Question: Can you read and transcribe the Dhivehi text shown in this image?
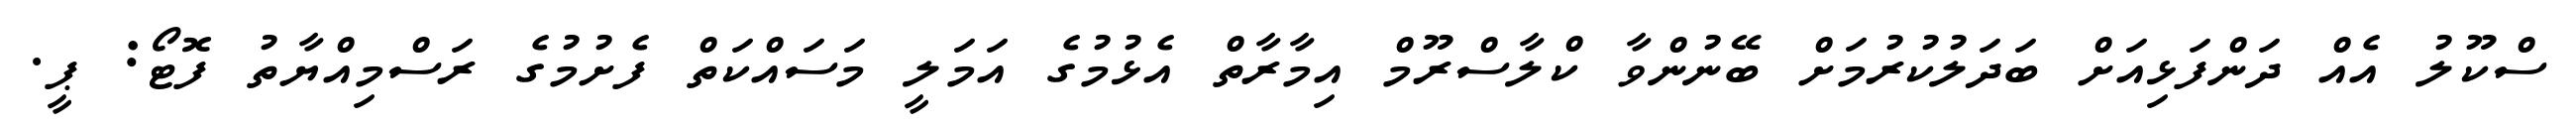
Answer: ސްކޫލު އެއް ދަންފަޅިއަށް ބަދަލުކުރުމަށް ބޭނުންވާ ކްލާސްރޫމް އިމާރާތް އެޅުމުގެ އަމަލީ މަސައްކަތް ފެށުމުގެ ރަސްމިއްޔާތު ފޮޓޯ: ޕީ.